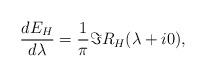
LaTeX: \begin{align*} \frac{d E_H}{d\lambda} = \frac{1}{\pi}\Im R_H(\lambda+ i 0),\end{align*}